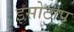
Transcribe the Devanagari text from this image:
इसोटोप